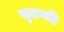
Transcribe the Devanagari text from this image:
सुदामहि